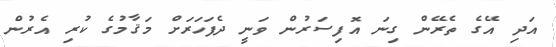
އަދި އޭގެ ތެރޭން ގިނަ އޮފިސަރުން ވަނީ ދެފަހަރަށް މަޤާމުގެ ކުރި އެރުން